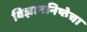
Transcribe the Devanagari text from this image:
विज्ञाननिष्ठेचा